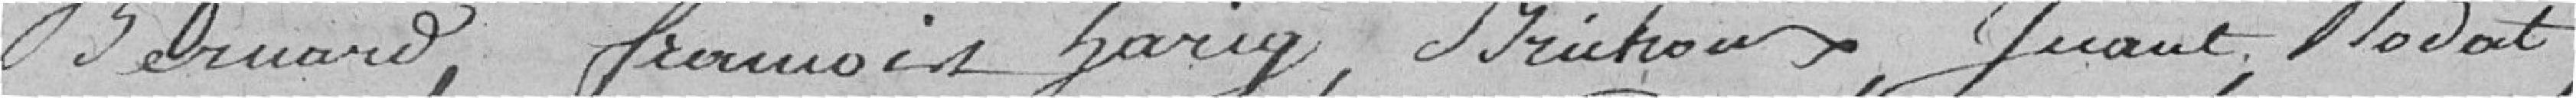
Bernard, Fannçois, Harig, Strutoux, Juant, Modat